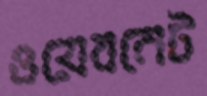
ওয়েবনেট